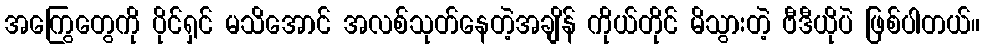
အကြွေတွေကို ပိုင်ရှင် မသိအောင် အလစ်သုတ်နေတဲ့အချိန် ကိုယ်တိုင် မိသွားတဲ့ ဗီဒီယိုပဲ ဖြစ်ပါတယ်။